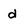
Character: d